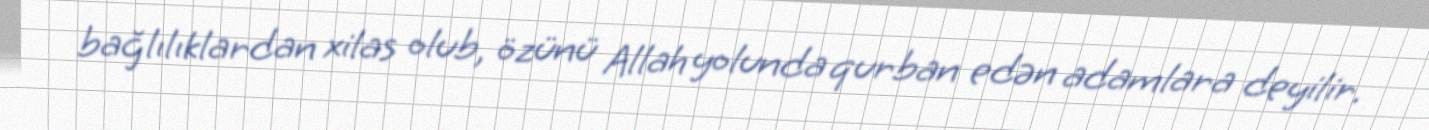
bağlılıklardan xilas olub, özünü Allah yolunda qurban edən adamlara deyilir.